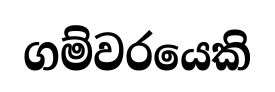
ගම්වරයෙකි